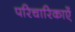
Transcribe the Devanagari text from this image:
परिचारिकाऐं